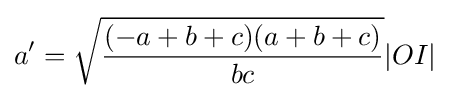
a^{\prime }={\sqrt {\frac {(-a+b+c)(a+b+c)}{bc}}}|OI|